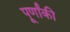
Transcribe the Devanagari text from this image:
पूर्णांकी